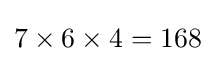
7\times 6\times 4=168